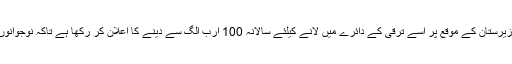
وزیراعظم پاکستان عمران خان نے بھی دورہ وزیرستان کے موقع پر اسے ترقی کے دائرے میں لانے کیلئے سالانہ 100 ارب الگ سے دینے کا اعلان کر رکھا ہے تاکہ نوجوانوں کو مقامی سطح پر روزگار اور کاروبار ملے۔